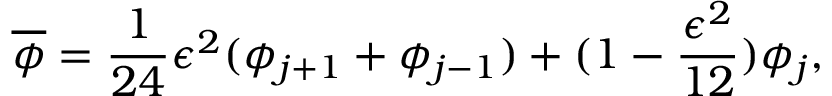
\overline { { \phi } } = \frac { 1 } { 2 4 } \epsilon ^ { 2 } ( \phi _ { j + 1 } + \phi _ { j - 1 } ) + ( 1 - \frac { \epsilon ^ { 2 } } { 1 2 } ) \phi _ { j } ,